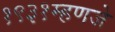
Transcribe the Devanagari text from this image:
१९३१म्हणजे